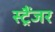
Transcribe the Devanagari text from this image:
स्ट्रैंजर